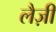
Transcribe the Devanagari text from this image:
लैज़ी